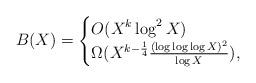
LaTeX: \begin{align*} B(X) = \begin{cases} O(X^k \log^2 X) \\ \Omega(X^{k - \frac{1}{4}} \frac{(\log \log \log X)^2}{\log X}), \end{cases}\end{align*}